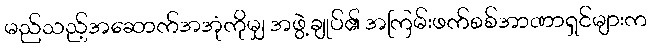
မည်သည့်အဆောက်အအုံကိုမျှ အဖွဲ့ချုပ်၏ အကြမ်းဖက်စစ်အာဏာရှင်များက